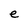
Character: e